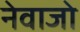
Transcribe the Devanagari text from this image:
नेवाजो